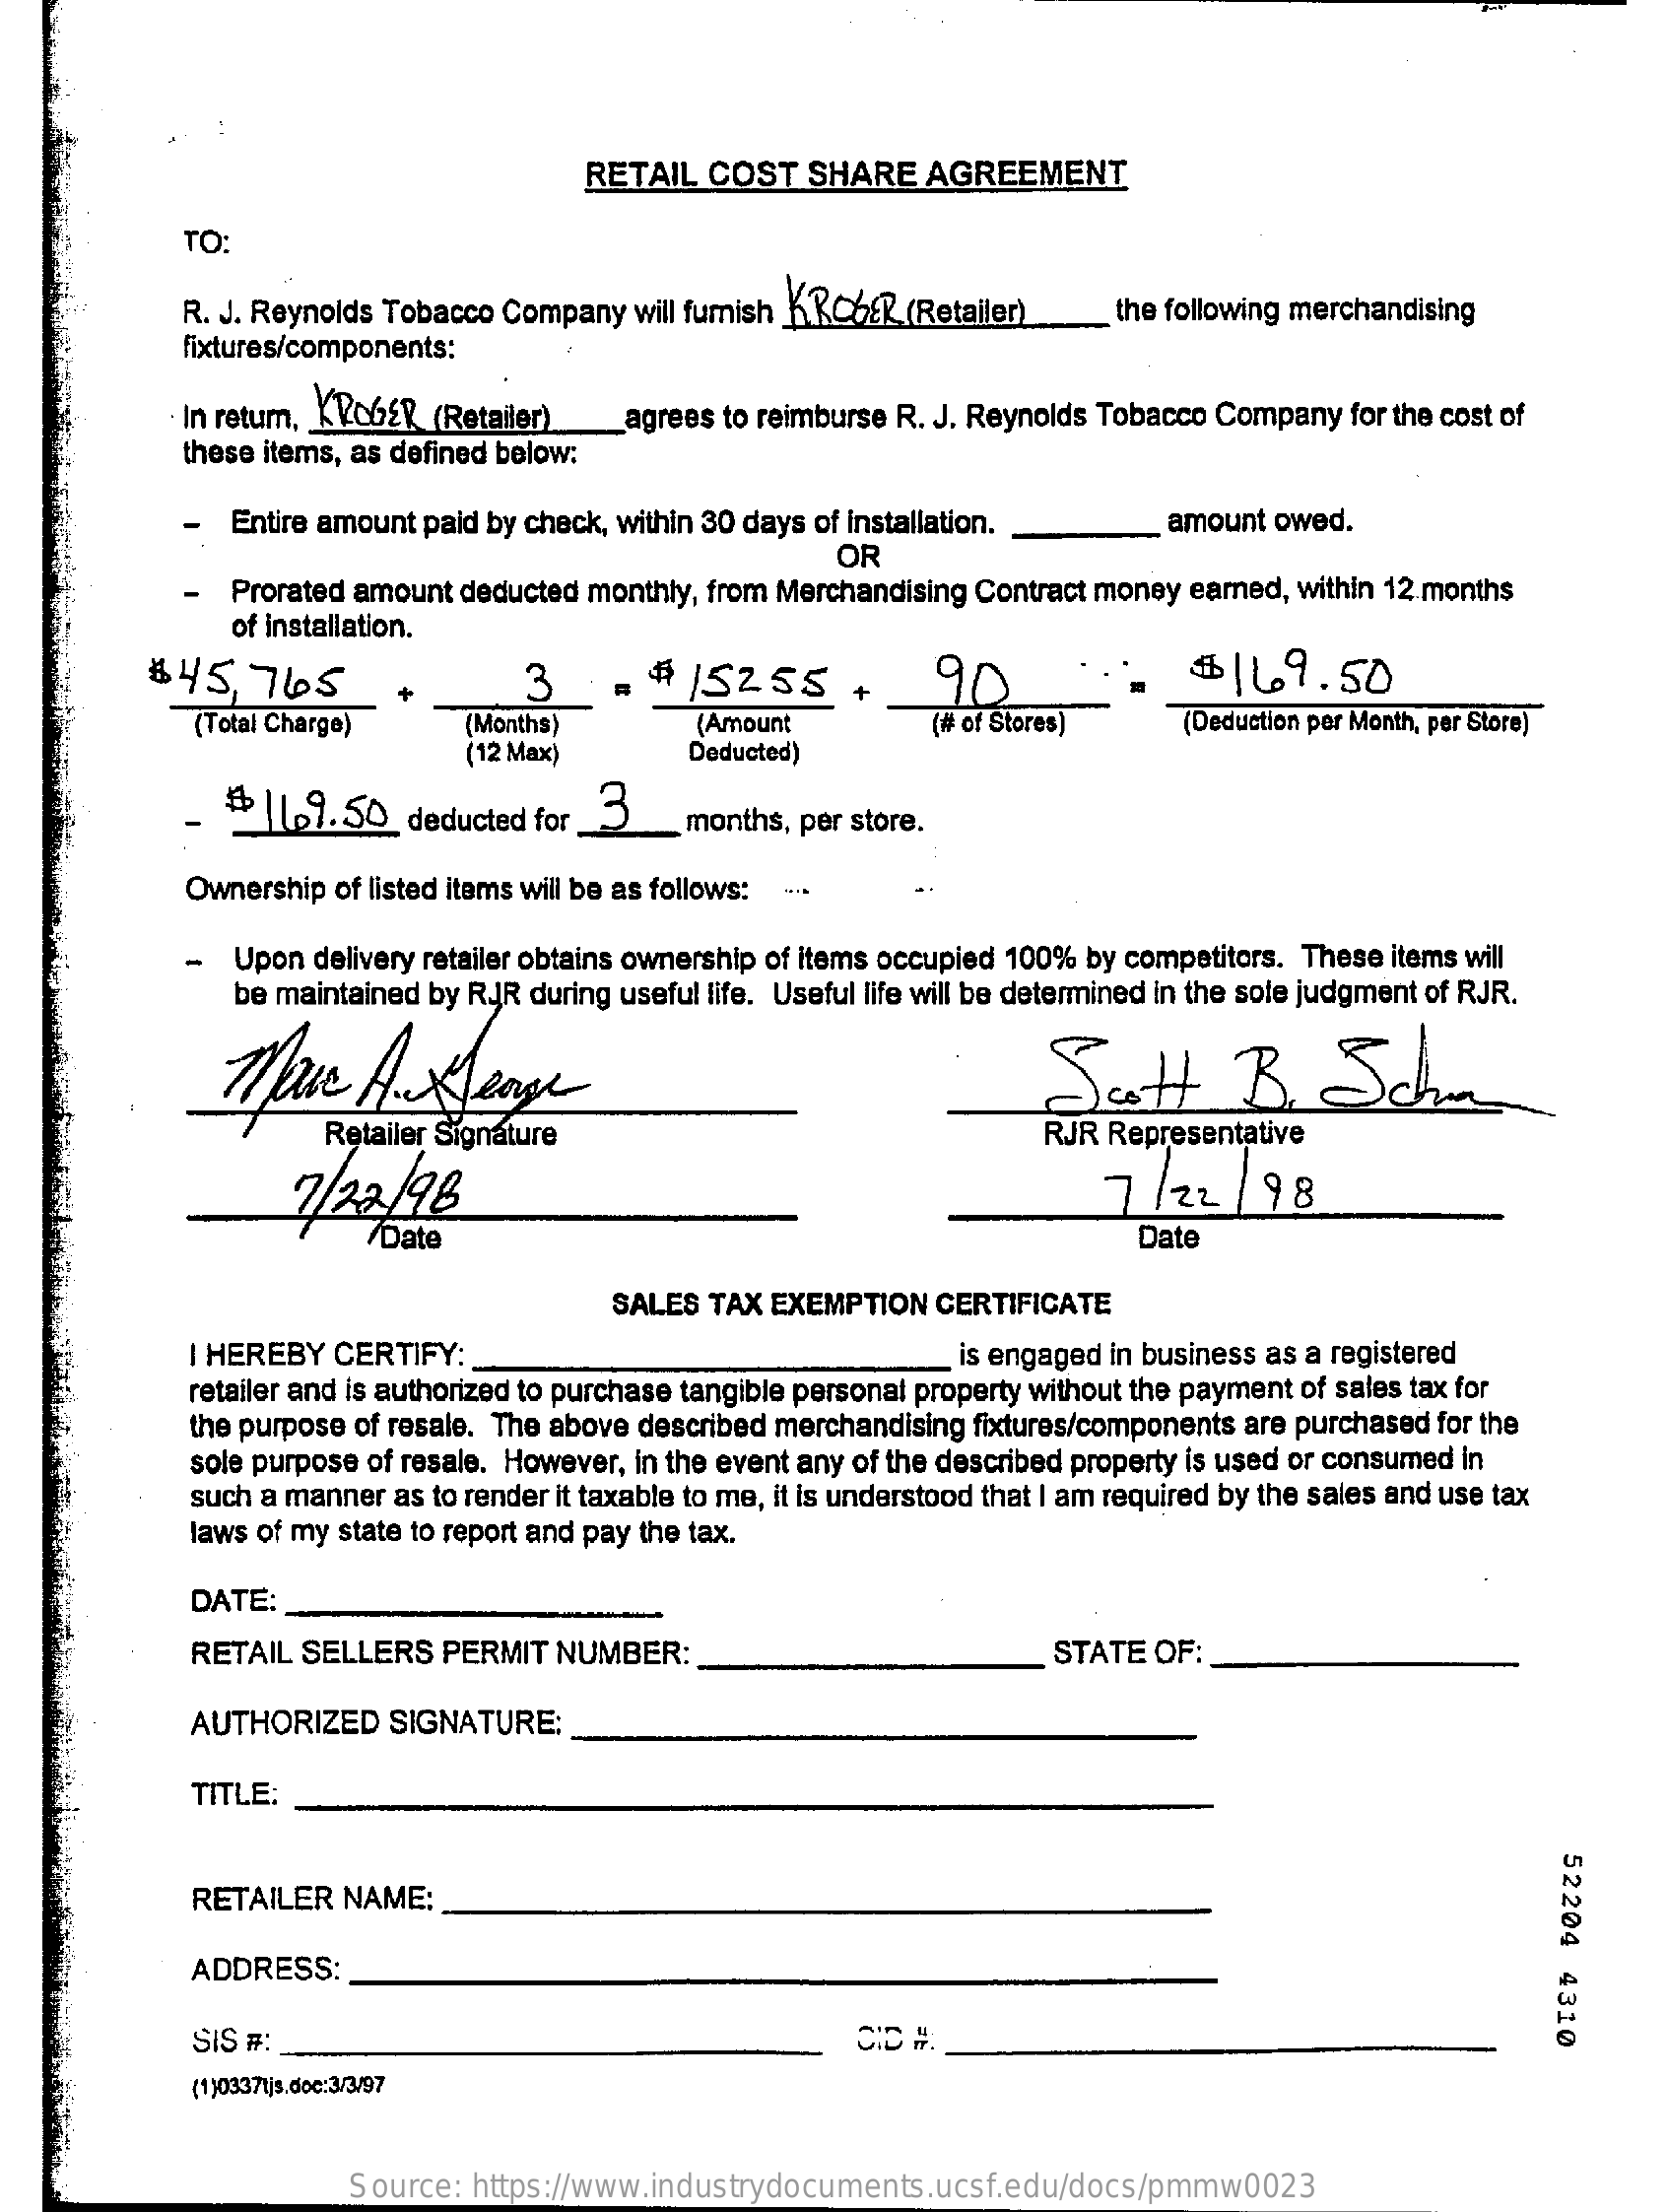
RETAIL  COST   SHARE   AGREEMENT
     TO:
     R. J. Reynolds Tobacco Company will fumish KROGER (Retailer)
     fixtures/components:
     the following merchandising
     In return, KROGE? (Retailer) _agrees to reimburse R. J. Reynolds Tobacco Company for the cost of
     these items, as defined below:
     -  Entire amount paid by check, within 30 days of installation.
     Prorated amount deducted monthly, from Merchandising Contract money earned, within 12 months
     OR
     amount owed.
     of installation.
     $45,   765    3    $  /5255    +    90    $169.50
     (Total Charge)    (Months)
     (12 Max)
     (Amount    (# of Stores)    (Deduction per Month, per Store)
     Deducted)
     # 1169.50   deducted for 3    months, per store.
     Ownership of listed items will be as follows:
     Upon delivery retailer obtains ownership of items occupied 100% by competitors. These items will
     be maintained by RJR during useful life. Useful life will be determined in the sole judgment of RJR.
     Mare    Auxlenge    Scott    B.    Scha
     Retailer Signature    RJR Representative
     7/22/98    7/22    / 98
     7Date    Date
     SALES TAX EXEMPTION  CERTIFICATE
     I HEREBY CERTIFY:    is engaged in business as a registered
     retailer and is authorized to purchase tangible personal property without the payment of sales tax for
     the purpose of resale. The above described merchandising fixtures/components are purchased for the
     sole purpose of resale. However, in the event any of the described property is used or consumed in
     such a manner as to render it taxable to me, it is understood that I am required by the sales and use tax
     laws of my state to report and pay the tax.
     DATE:
     RETAIL SELLERS  PERMIT  NUMBER:    STATE  OF:
     AUTHORIZED   SIGNATURE:
     TITLE:
     52204
     4310
     RETAILER  NAME:
     ADDRESS:
     SIS #:
     (1)0337tjs.doc:3/3/97
     Source: https://www.industrydocuments.ucsf.edu/docs/pmmw0023